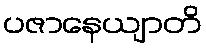
ပဇာနေယျာတိ